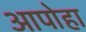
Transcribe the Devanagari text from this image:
आपोहा